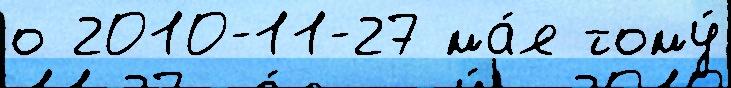
о 2010-11-27 ма́я тому́